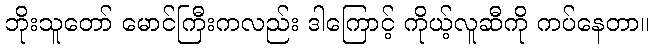
ဘိုးသူတော် မောင်ကြီးကလည်း ဒါကြောင့် ကိုယ့်လူဆီကို ကပ်နေတာ။